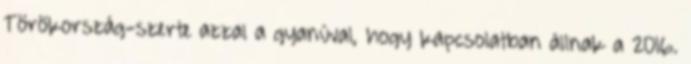
Törökország-szerte azzal a gyanúval, hogy kapcsolatban állnak a 2016.